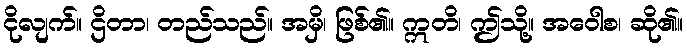
ငိုလျက်။ ဌိတာ၊ တည်သည်။ အမှိ၊ ဖြစ်၏။ ဣတိ၊ ဤသို့။ အဝေါစ၊ ဆို၏။